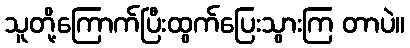
သူတို့ကြောက်ပြီးထွက်ပြေးသွားကြ တာပဲ။